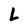
Character: L